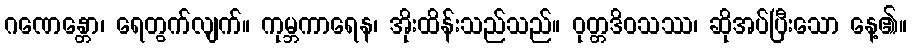
ဂဏေန္တော၊ ရေတွက်လျက်။ ကုမ္ဘကာရေန၊ အိုးထိန်းသည်သည်။ ဝုတ္တဒိဝသဿ၊ ဆိုအပ်ပြီးသော နေ့၏။